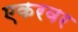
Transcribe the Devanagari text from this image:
एकरवर